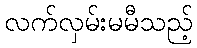
လက်လှမ်းမမီသည့်